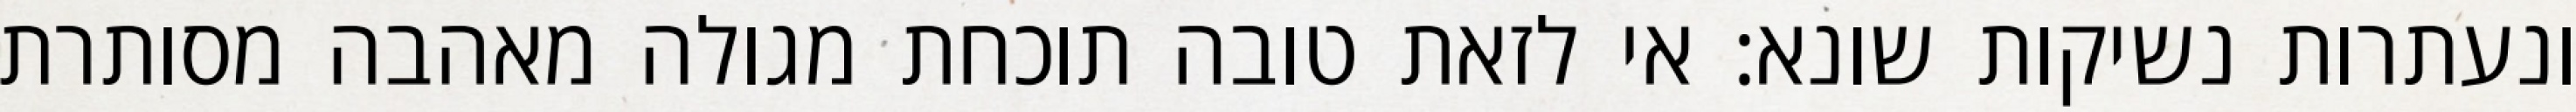
ונעתרות נשיקות שונא: אי לזאת טובה תוכחת מגולה מאהבה מסותרת